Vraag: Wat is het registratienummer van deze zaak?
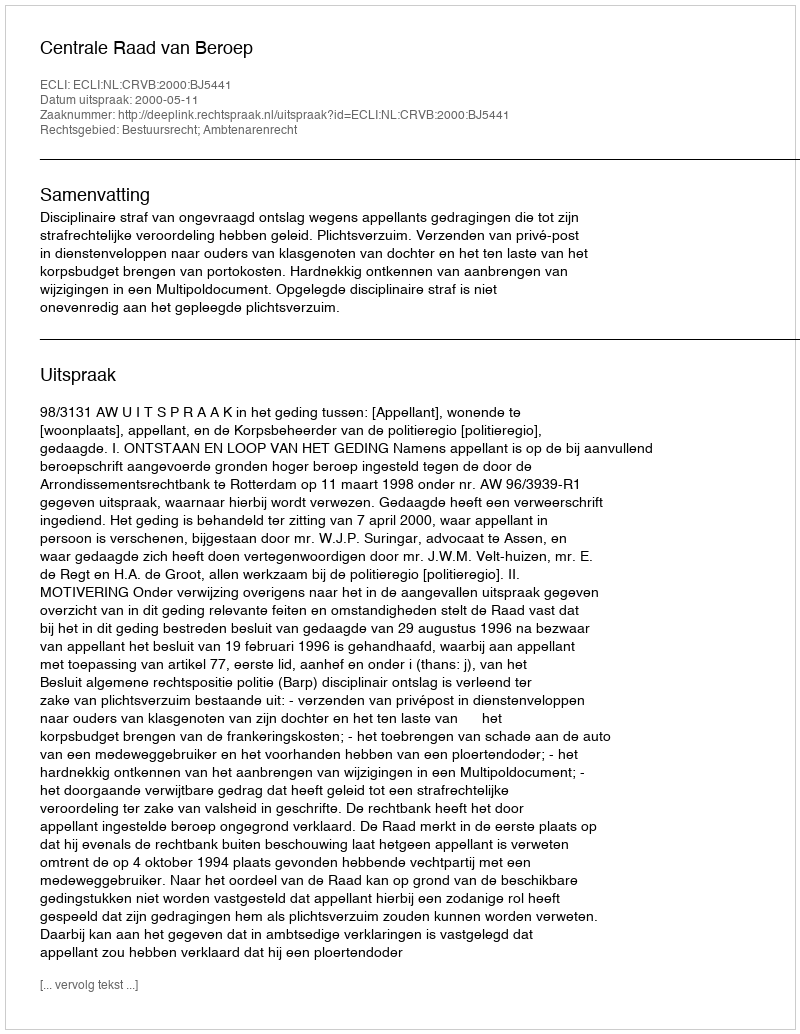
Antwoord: http://deeplink.rechtspraak.nl/uitspraak?id=ECLI:NL:CRVB:2000:BJ5441